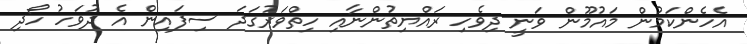
އެހެންކަމުން މައުމޫން ވަނީ ދިވެހި ރައްޔިތުންނާއި ހިތްވަރުގަދަ ސިފައިން އެ ދުވަހު ހޯދި